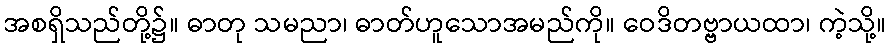
အစရှိသည်တို့၌။ ဓာတု သမညာ၊ ဓာတ်ဟူသောအမည်ကို။ ဝေဒိတဗ္ဗာယထာ၊ ကဲ့သို့။